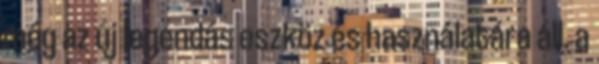
még az új legendás eszköz és használatára áll. a